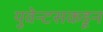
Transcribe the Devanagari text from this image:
युवेन्टसकडून